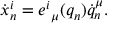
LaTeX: \dot { x } _ { n } ^ { i } = e ^ { i } { } _ { \mu } ( q _ { n } ) \dot { q } _ { n } ^ { \mu } .